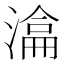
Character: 𣼕